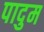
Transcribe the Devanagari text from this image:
पादुम